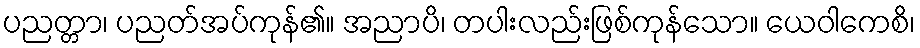
ပညတ္တာ၊ ပညတ်အပ်ကုန်၏။ အညာပိ၊ တပါးလည်းဖြစ်ကုန်သော။ ယေဝါကေစိ၊